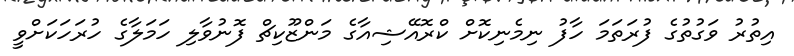
އިތުރު ވަގުތުގެ ފުރަތަމަ ހާފު ނިމެނިކޮށް ކްރޮއޭޝިއާގެ މަންޒޫކިޗް ފޮނުވާލި ހަމަލާގެ ހުރަހަކަށްވީ